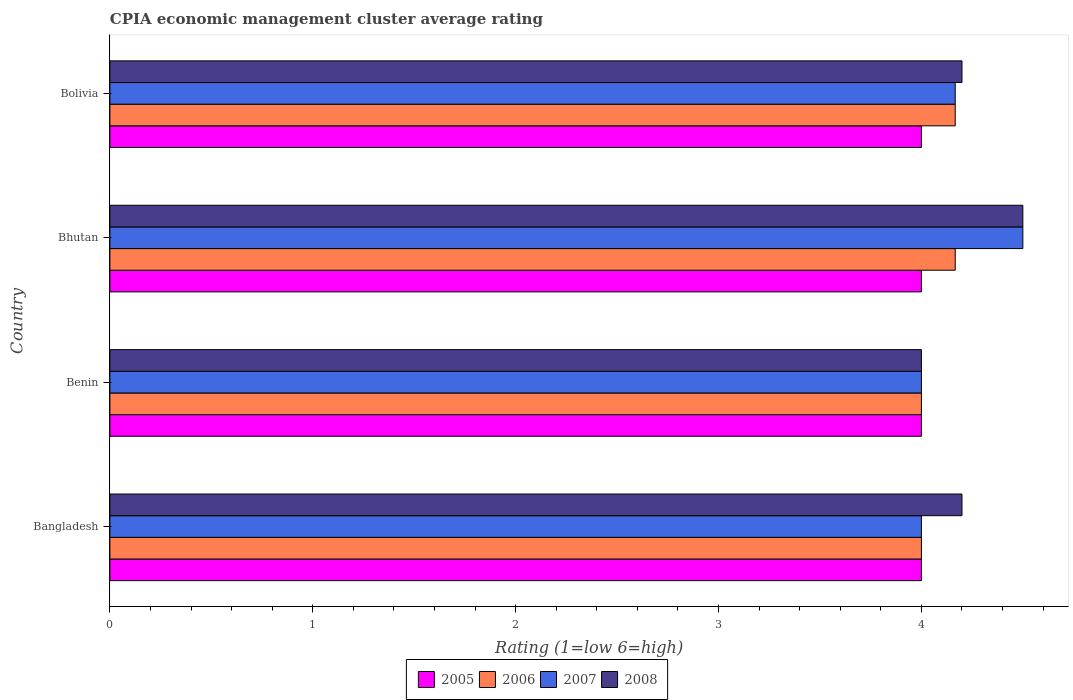
| Country | 2005 | 2006 | 2007 | 2008 |
 | --- | --- | --- | --- | --- |
 | Bangladesh | 4 | 4 | 4 | 4.2 |
 | Benin | 4 | 4 | 4 | 4 |
 | Bhutan | 4 | 4.17 | 4.5 | 4.5 |
 | Bolivia | 4 | 4.17 | 4.17 | 4.2 |